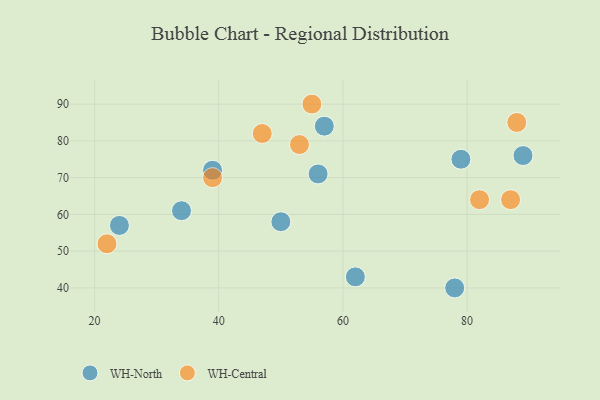
{"axis": {"x": "GDP", "y": "Life Expectancy"}, "legend": ["WH-Central", "WH-North"], "data": [{"x": "50", "y": 58, "type": "WH-North"}, {"x": "57", "y": 84, "type": "WH-North"}, {"x": "56", "y": 71, "type": "WH-North"}, {"x": "24", "y": 57, "type": "WH-North"}, {"x": "79", "y": 75, "type": "WH-North"}, {"x": "34", "y": 61, "type": "WH-North"}, {"x": "39", "y": 72, "type": "WH-North"}, {"x": "62", "y": 43, "type": "WH-North"}, {"x": "89", "y": 76, "type": "WH-North"}, {"x": "78", "y": 40, "type": "WH-North"}, {"x": "88", "y": 85, "type": "WH-Central"}, {"x": "55", "y": 90, "type": "WH-Central"}, {"x": "22", "y": 52, "type": "WH-Central"}, {"x": "53", "y": 79, "type": "WH-Central"}, {"x": "47", "y": 82, "type": "WH-Central"}, {"x": "39", "y": 70, "type": "WH-Central"}, {"x": "87", "y": 64, "type": "WH-Central"}, {"x": "82", "y": 64, "type": "WH-Central"}]}